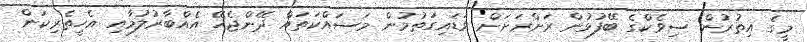
މީގެ އިތުރުން ސިވެކްގެ ބޭފުޅުން ރަށްރަށަށް ވަޑައިގަތުމުން މަސައްކަތައް ދޭންޖެހޭ އެއްބާރުލުމާއި އެހީތެރިކަން